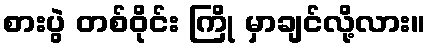
စားပွဲ တစ်ဝိုင်း ကြို မှာချင်လို့လား။